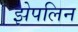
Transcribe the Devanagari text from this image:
झेपलिन